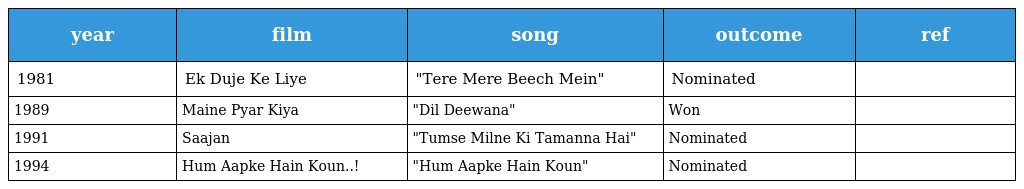
| year | film | song | outcome | ref |
 | --- | --- | --- | --- | --- |
 | 1981 | Ek Duje Ke Liye | "Tere Mere Beech Mein" | Nominated |  |
 | 1989 | Maine Pyar Kiya | "Dil Deewana" | Won |  |
 | 1991 | Saajan | "Tumse Milne Ki Tamanna Hai" | Nominated |  |
 | 1994 | Hum Aapke Hain Koun..! | "Hum Aapke Hain Koun" | Nominated |  |